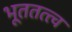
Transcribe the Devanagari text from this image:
भूततत्त्व